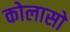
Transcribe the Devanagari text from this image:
कोलासो